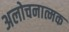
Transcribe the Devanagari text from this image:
अलोचनात्मक